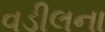
વડીલના